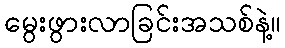
မွေးဖွားလာခြင်းအသစ်နဲ့။